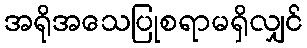
အရိုအသေပြုစရာမရှိလျှင်